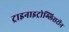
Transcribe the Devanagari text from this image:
ट्राइनाइट्रोग्लिसरीन